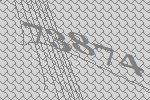
73874